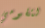
لتقومي